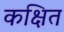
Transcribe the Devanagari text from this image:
कक्षित